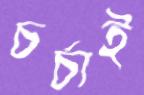
চর্চাই